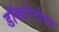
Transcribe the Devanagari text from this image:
डॉक्टरेटोत्तर